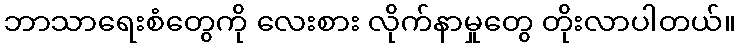
ဘာသာရေးစံတွေကို လေးစား လိုက်နာမှုတွေ တိုးလာပါတယ်။